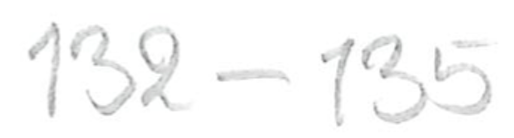
Text: 132-135
Cross-out: clean
Writing tool: pencil